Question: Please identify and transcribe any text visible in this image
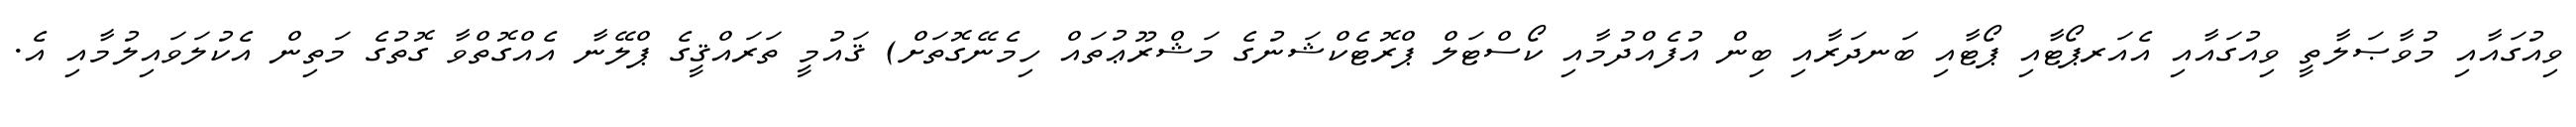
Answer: ވިއުގައާއި މުވާޞަލާތީ ވިއުގައާއި އެއަރޕޯޓާއި ޕޯޓާއި ބަނދަރާއި ބިން އުފެއްދުމާއި ކޯސްޓަލް ޕްރޮޓެކްޝަނުގެ މަޝްރޫޢުތައް ހިމެނޭގޮތަށް) ޤައުމީ ތަރައްޤީގެ ޕްލޭނާ އެއްގޮތްވާ ގޮތުގެ މަތިން އެކުލަވައިލުމާއި އެ.